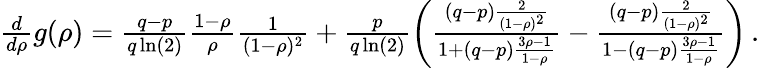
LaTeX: \begin{array}{r}{\frac{d}{d\rho}g(\rho)=\frac{q-p}{q\ln(2)}\frac{1-\rho}{\rho}\frac{1}{(1-\rho)^{2}}+\frac{p}{q\ln(2)}\left(\frac{(q-p)\frac{2}{(1-\rho)^{2}}}{1+(q-p)\frac{3\rho-1}{1-\rho}}-\frac{(q-p)\frac{2}{(1-\rho)^{2}}}{1-(q-p)\frac{3\rho-1}{1-\rho}}\right)\, .}\end{array}